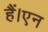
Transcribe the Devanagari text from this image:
हैं।एन